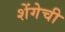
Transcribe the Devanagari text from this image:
शेंगेची